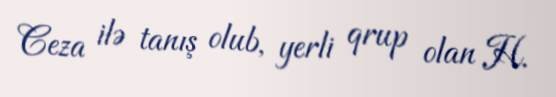
Ceza ilə tanış olub, yerli qrup olan H.